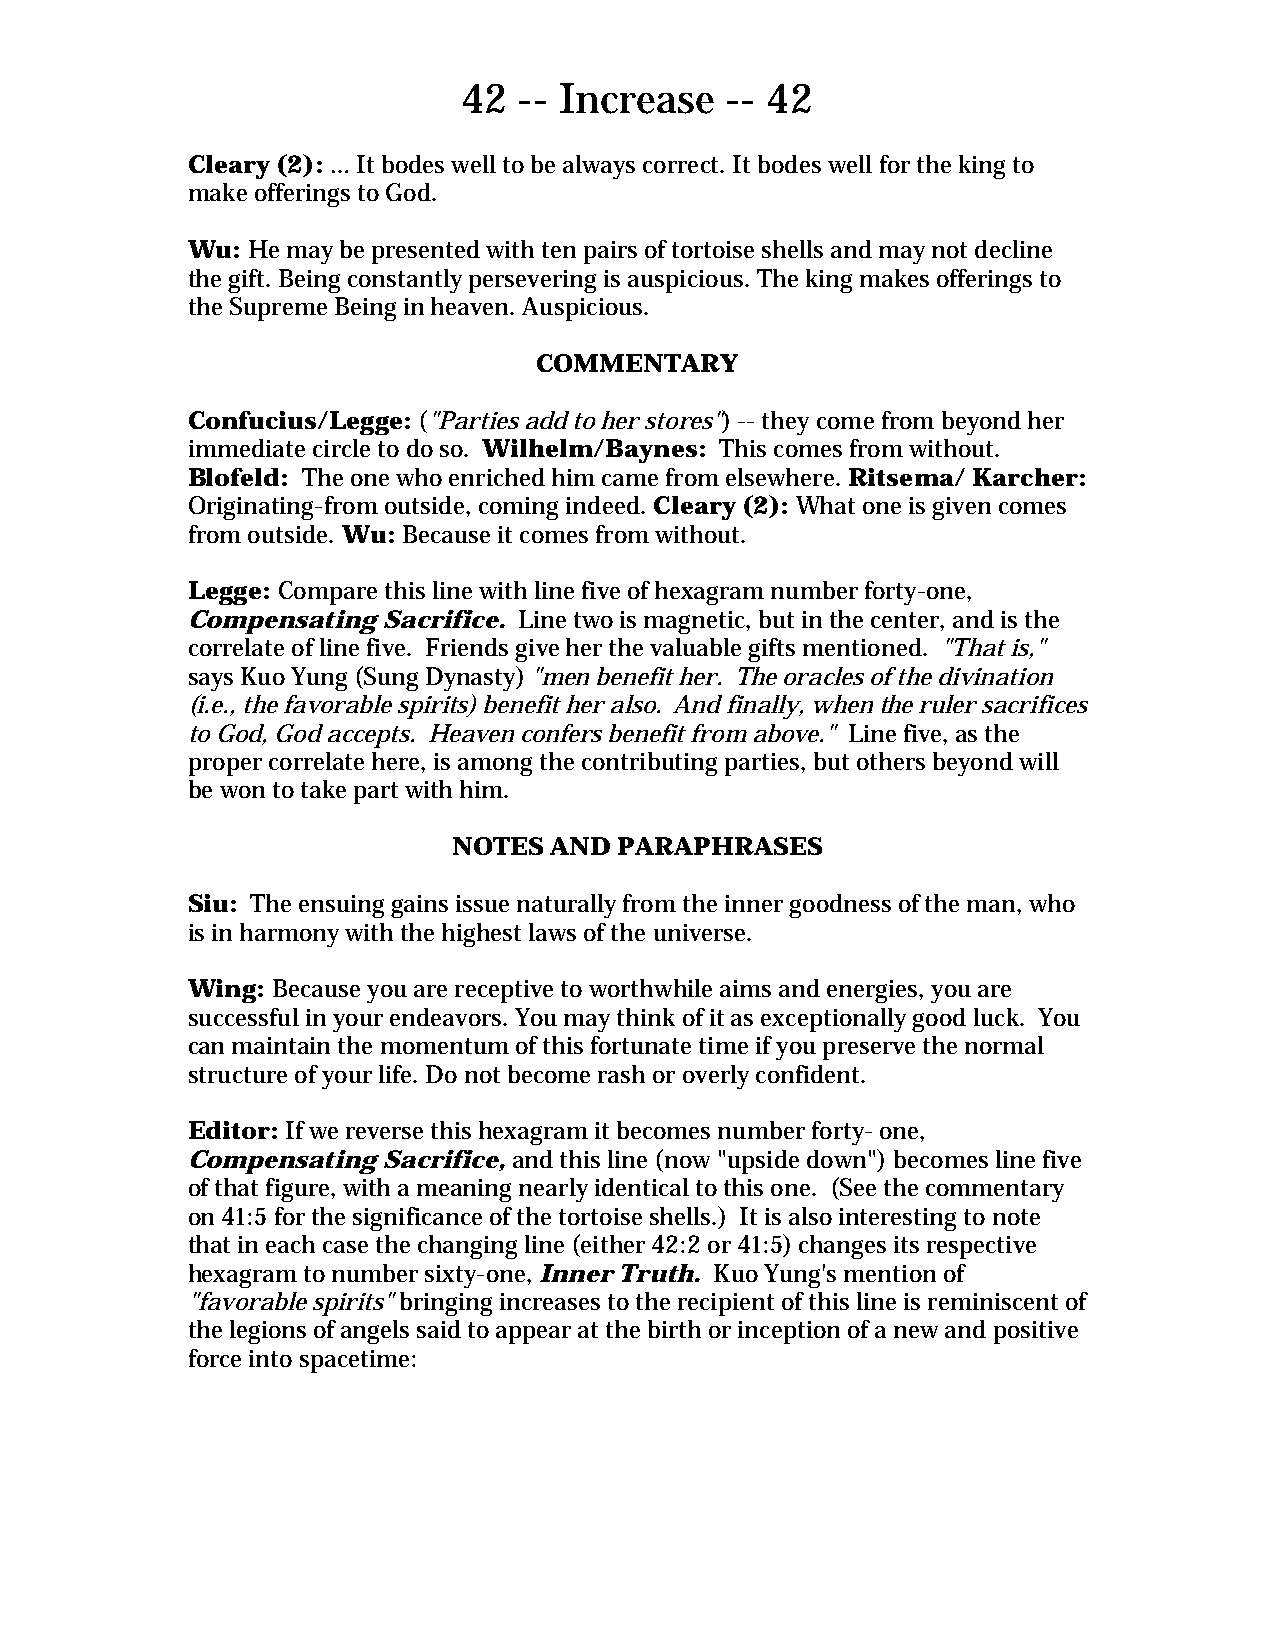
42 -- Increase   -- 42
 Cleary (2): … It bodes well to be always correct. It bodes well for the king to
 make offerings to God.
 Wu: He may be presented with ten pairs of tortoise shells and may not decline
 the gift. Being constantly persevering is auspicious. The king makes offerings to
 the Supreme Being in heaven. Auspicious.
 COMMENTARY
 Confucius/Legge: ("Parties add to her stores") -- they come from beyond her
 immediate circle to do so. Wilhelm/Baynes: This comes from without.
 Blofeld: The one who enriched him came from elsewhere. Ritsema/ Karcher:
 Originating-from outside, coming indeed. Cleary (2): What one is given comes
 from outside. Wu: Because it comes from without.
 Legge: Compare this line with line five of hexagram number forty-one,
 Compensating Sacrifice. Line two is magnetic, but in the center, and is the
 correlate of line five. Friends give her the valuable gifts mentioned. "That is,"
 says Kuo Yung (Sung Dynasty) "men benefit her. The oracles of the divination
 (i.e., the favorable spirits) benefit her also. And finally, when the ruler sacrifices
 to God, God accepts. Heaven confers benefit from above." Line five, as the
 proper correlate here, is among the contributing parties, but others beyond will
 be won to take part with him.
 NOTES AND  PARAPHRASES
 Siu: The ensuing gains issue naturally from the inner goodness of the man, who
 is in harmony with the highest laws of the universe.
 Wing: Because you are receptive to worthwhile aims and energies, you are
 successful in your endeavors. You may think of it as exceptionally good luck. You
 can maintain the momentum of this fortunate time if you preserve the normal
 structure of your life. Do not become rash or overly confident.
 Editor: If we reverse this hexagram it becomes number forty- one,
 Compensating Sacrifice, and this line (now "upside down") becomes line five
 of that figure, with a meaning nearly identical to this one. (See the commentary
 on 41:5 for the significance of the tortoise shells.) It is also interesting to note
 that in each case the changing line (either 42:2 or 41:5) changes its respective
 hexagram to number sixty-one, Inner Truth. Kuo Yung's mention of
 "favorable spirits" bringing increases to the recipient of this line is reminiscent of
 the legions of angels said to appear at the birth or inception of a new and positive
 force into spacetime: